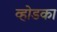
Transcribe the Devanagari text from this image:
व्होडका